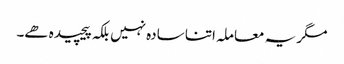
مگر یہ معاملہ اتنا سادہ نہیں بلکہ پیچیدہ ھے۔